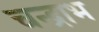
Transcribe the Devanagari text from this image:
चन्द्राभ